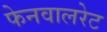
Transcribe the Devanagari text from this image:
फेनवालरेट